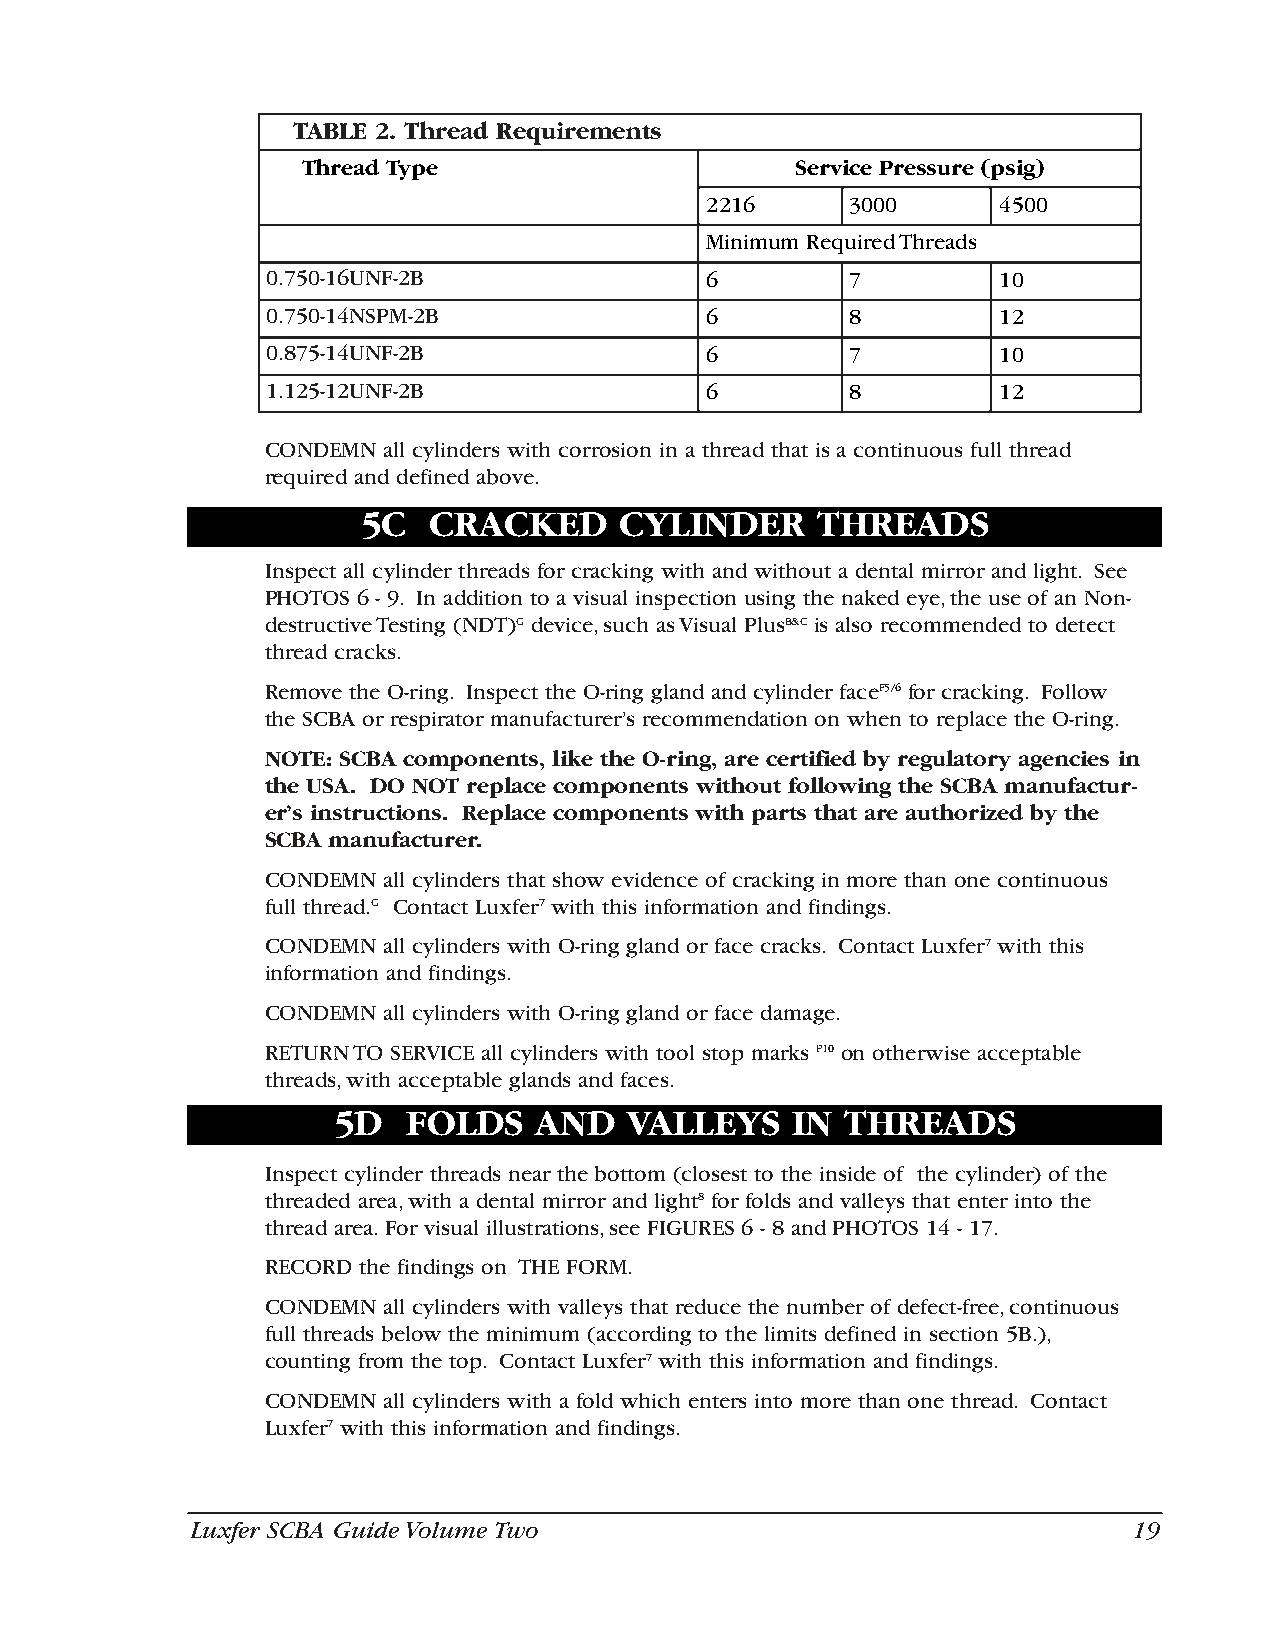
TABLE 2. Thread Requirements
 Thread Type                      Service Pressure (psig)
 2216     3000      4500
 Minimum Required Threads
 0.750-16UNF-2B               6        7         10
 0.750-14NSPM-2B              6        8         12
 0.875-14UNF-2B               6        7         10
 1.125-12UNF-2B               6        8         12
 CONDEMN all cylinders with corrosion in a thread that is a continuous full thread
 required and defined above.
 5C  CRACKED      CYLINDER     THREADS
 Inspect all cylinder threads for cracking with and without a dental mirror and light. See
 PHOTOS 6 - 9. In addition to a visual inspection using the naked eye,the use of an Non-
 destructive Testing (NDT)G device,such as Visual PlusB&C is also recommended to detect
 thread cracks.
 Remove the O-ring. Inspect the O-ring gland and cylinder faceF5/6 for cracking. Follow
 the SCBA or respirator manufacturer’s recommendation on when to replace the O-ring.
 NOTE: SCBA components, like the O-ring, are certified by regulatory agencies in
 the USA. DO NOT replace components without following the SCBA manufactur-
 er’s instructions. Replace components with parts that are authorized by the
 SCBA manufacturer.
 CONDEMN all cylinders that show evidence of cracking in more than one continuous
 full thread.G Contact Luxfer7 with this information and findings.
 CONDEMN all cylinders with O-ring gland or face cracks. Contact Luxfer7 with this
 information and findings.
 CONDEMN all cylinders with O-ring gland or face damage.
 RETURN TO SERVICE all cylinders with tool stop marks P10 on otherwise acceptable
 threads,with acceptable glands and faces.
 5D   FOLDS   AND    VALLEYS   IN  THREADS
 Inspect cylinder threads near the bottom (closest to the inside of the cylinder) of the
 threaded area,with a dental mirror and light8 for folds and valleys that enter into the
 thread area. For visual illustrations,see FIGURES 6 - 8 and PHOTOS 14 - 17.
 RECORD the findings on THE FORM.
 CONDEMN all cylinders with valleys that reduce the number of defect-free,continuous
 full threads below the minimum (according to the limits defined in section 5B.),
 counting from the top. Contact Luxfer7 with this information and findings.
 CONDEMN all cylinders with a fold which enters into more than one thread. Contact
 Luxfer7 with this information and findings.
 Luxfer SCBA Guide Volume Two                                  19